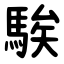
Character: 騃